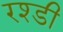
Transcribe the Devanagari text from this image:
रश्डी